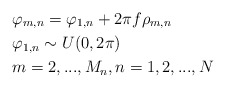
\begin{align*}&\varphi_{m,n} = \varphi_{1,n} + 2\pi f \rho_{m,n}\\& \varphi_{1,n} \sim U(0,2\pi)\\& m = 2, ..., M_n, n = 1, 2, ..., N\end{align*}